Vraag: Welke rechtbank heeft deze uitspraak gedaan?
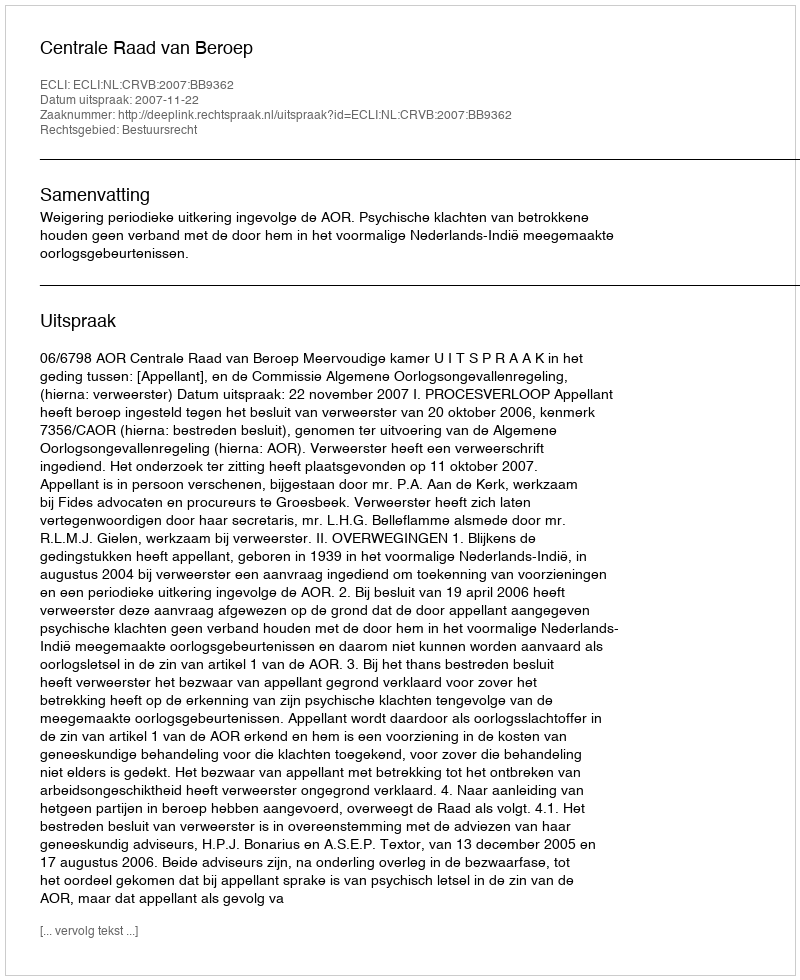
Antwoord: Centrale Raad van Beroep